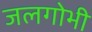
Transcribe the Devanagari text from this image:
जलगोभी